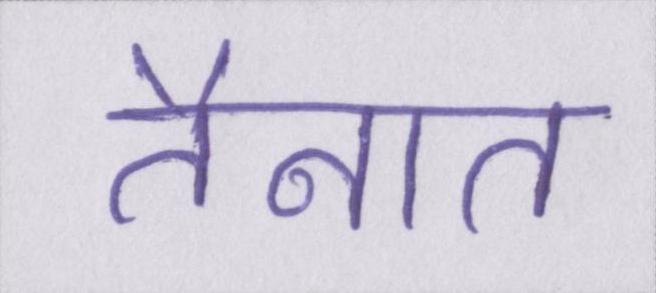
तैनात